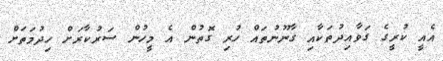
އެއީ ކުރީގެ ގަވާއިދުތަކާއި ގާނޫނުތައް ހުރި ގޮތުން އެ މީހުން ސަރުކާރަށް ހިދުމަތަށް